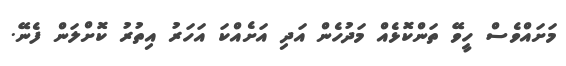
މަށައްވެސް ހީވޭ ތަންކޮޅެއް މަދުހެން އަދި އަށެއްކަ އަހަރު އިތުރު ކޮށްލަން ފެނޭ.